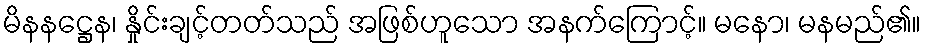
မိနနဋ္ဌေန၊ နှိုင်းချင့်တတ်သည် အဖြစ်ဟူသော အနက်ကြောင့်။ မနော၊ မနမည်၏။